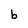
Character: b